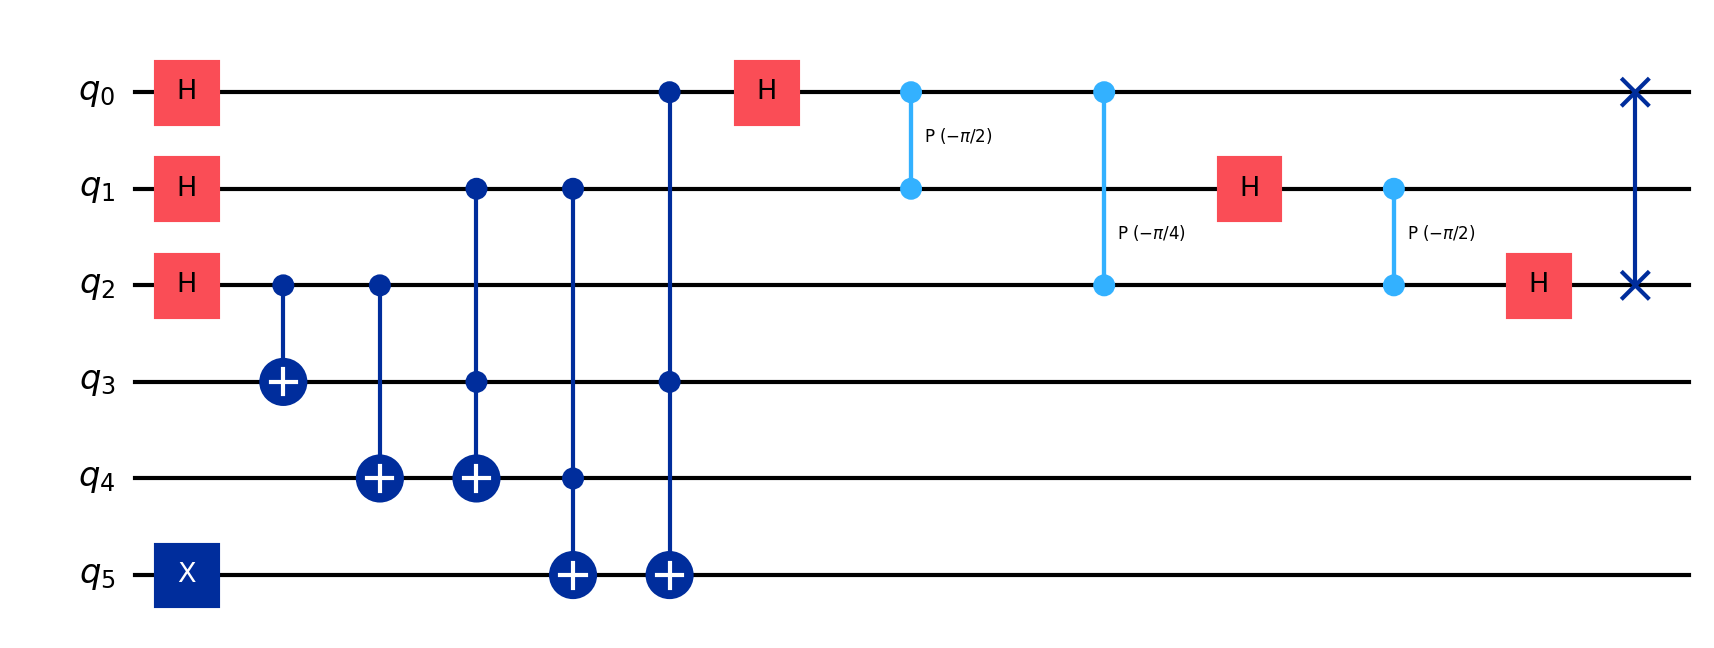
Description: Shor's algorithm attacking elliptic curve (ECDSA threat)
描述: Shor算法攻击椭圆曲线（ECDSA威胁）
Category: btc_quantum_security (difficulty: advanced)
Qubits: 6, circuit depth: 12
Blockchain relevance: btc_security

Braket implementation:
import math
from braket.circuits import Circuit
circuit = Circuit()
circuit.h(0).h(1).h(2)
circuit.x(5)
circuit.cnot(2, 3).cnot(2, 4)
circuit.ccnot(1, 3, 4).ccnot(1, 4, 5)
circuit.ccnot(0, 3, 5)
circuit.h(0).cphaseshift(1, 0, -math.pi/2).cphaseshift(2, 0, -math.pi/4)
circuit.h(1).cphaseshift(2, 1, -math.pi/2)
circuit.h(2)
circuit.swap(0, 2)

Qiskit implementation:
import math
from qiskit import QuantumCircuit
circuit = QuantumCircuit(6)
circuit.h(0).h(1).h(2)
circuit.x(5)
circuit.cx(2, 3).cx(2, 4)
circuit.ccx(1, 3, 4).ccx(1, 4, 5)
circuit.ccx(0, 3, 5)
circuit.h(0).cp(-math.pi/2, 1, 0).cp(-math.pi/4, 2, 0)
circuit.h(1).cp(-math.pi/2, 2, 1)
circuit.h(2)
circuit.swap(0, 2)